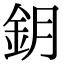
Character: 鈅